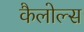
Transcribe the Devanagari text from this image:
कैलोल्स